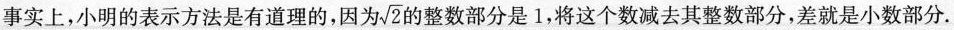
事实上，小明的表示方法是有道理的，因为$$\sqrt { 2 }$$ 的整数部分是1，将这个数减去其整数部分，差就是小数部分.